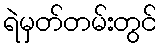
ရဲမှတ်တမ်းတွင်